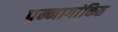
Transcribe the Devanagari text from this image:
पन्नागांकित